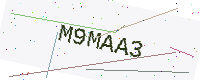
Text: M9MAA3